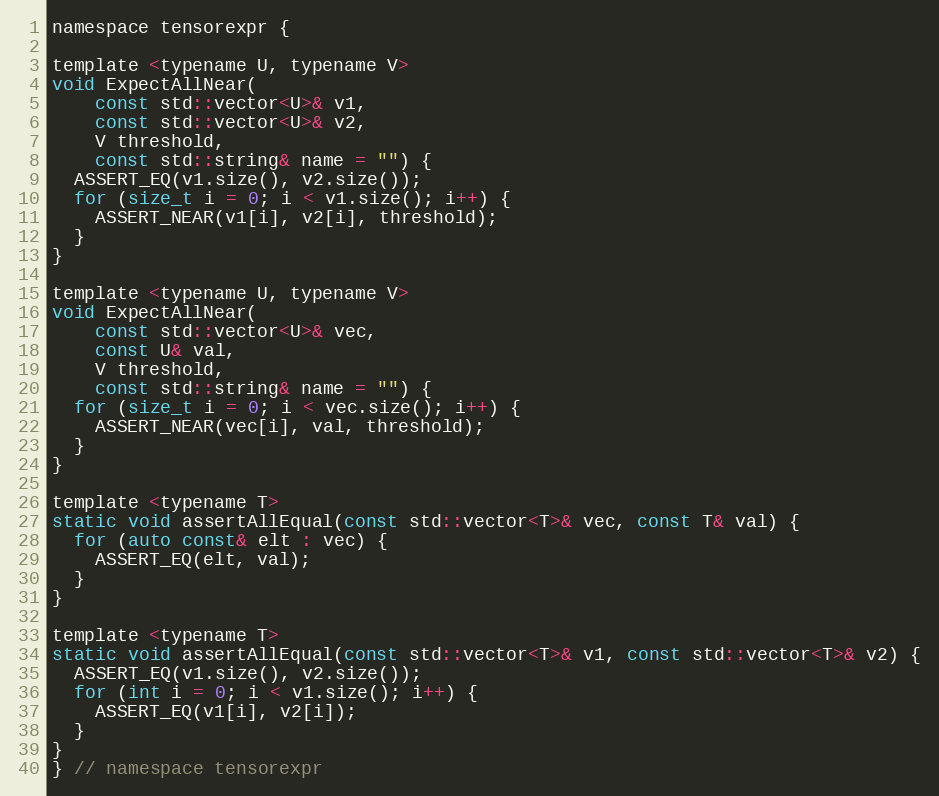
Language: C
namespace tensorexpr {

template <typename U, typename V>
void ExpectAllNear(
    const std::vector<U>& v1,
    const std::vector<U>& v2,
    V threshold,
    const std::string& name = "") {
  ASSERT_EQ(v1.size(), v2.size());
  for (size_t i = 0; i < v1.size(); i++) {
    ASSERT_NEAR(v1[i], v2[i], threshold);
  }
}

template <typename U, typename V>
void ExpectAllNear(
    const std::vector<U>& vec,
    const U& val,
    V threshold,
    const std::string& name = "") {
  for (size_t i = 0; i < vec.size(); i++) {
    ASSERT_NEAR(vec[i], val, threshold);
  }
}

template <typename T>
static void assertAllEqual(const std::vector<T>& vec, const T& val) {
  for (auto const& elt : vec) {
    ASSERT_EQ(elt, val);
  }
}

template <typename T>
static void assertAllEqual(const std::vector<T>& v1, const std::vector<T>& v2) {
  ASSERT_EQ(v1.size(), v2.size());
  for (int i = 0; i < v1.size(); i++) {
    ASSERT_EQ(v1[i], v2[i]);
  }
}
} // namespace tensorexpr